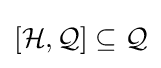
[{\mathcal {H}},{\mathcal {Q}}]\subseteq {\mathcal {Q}}